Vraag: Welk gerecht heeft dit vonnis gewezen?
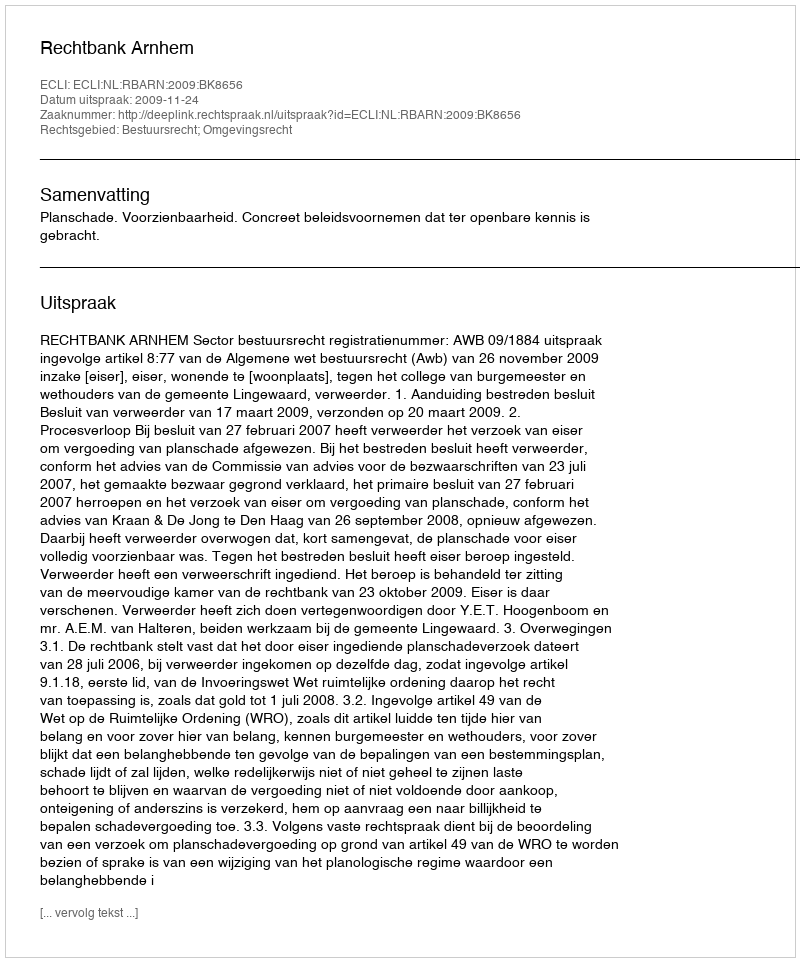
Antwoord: Rechtbank Arnhem